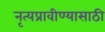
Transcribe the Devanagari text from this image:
नृत्यप्रावीण्यासाठी